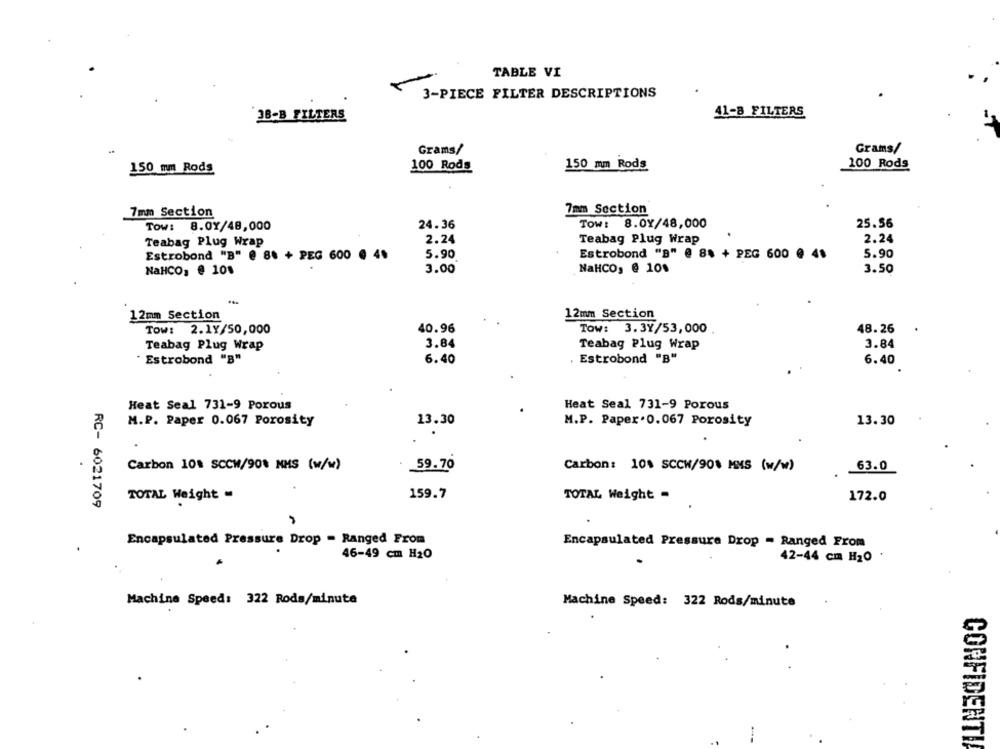
TABLE VI
3-PIECE FILTER DESCRIPTIONS
`38-B FILTERS
41-8 FILTERS
Grams/
Grams/
150 mm Rods
150 mm Rods
100 Rods
100 Rods
7mm Section
7mm Section
24.36
Tow: 8.0Y/48,000
25.56
Tow: 8.01/48,000
2.24
Teabag Plug Wrap
2.24
Teabag Plug Wrap
Estrobond "B" @ 8 + PEG 600 @ 4.
5.90
5.90
Estrobond "B" @ 8% + PEG 600 @ 4.
NaHCO, @ 10%
3.50
NaHCO, @ 101
3.00
12mm Section
12mm Section
Tow: 2.1Y/50,000
40.96
Tow: 3.3Y/53,000
48.26
3.84
Teabag Plug Wrap
3.84
Teabag Plug Wrap
Estrobond "B"
6.40
Estrobond "B"
6.40
Heat Seal 731-9 Porous
Heat Seal 731-9 Porous
M.P. Paper 0.067 Porosity
13.30
M.P. Paper. 0.067 Porosity
13.30
Carbon 10% SCCW/90% NHS (w/w)
59.70
Carbon: 100 SCCW/900 MMS (w/w)
63.0
159.7
TOTAL Weight -
TOTAL Weight -
172.0
RC- 6021709
Encapsulated Pressure Drop = Ranged From
Encapsulated Pressure Drop - Ranged From
.
46-49 cm H20
42-44 cm H20
Machine Speed: 322 Roda/minute
Machine Speed: 322 Rods/minute
CONFIDENTI